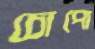
চোপো